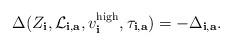
LaTeX: \begin{align*}\Delta(Z_{\mathbf i}, \mathcal L_{\bf i, \bf a}, v_{\bf i}^{\rm high}, \tau_{\bf i, \bf a}) = - \Delta_{{\bf i}, {\bf a}}.\end{align*}